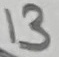
Text: 13